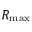
R _ { \mathrm { m a x } }